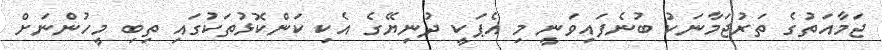
ޖަމާއަތުގެ ތަރުޖަމާނަކު ބުނެފައިވަނީ މި އެޕަކީ ދުނިޔޭގެ އެކި ކަންކޮޅުތަކުގައި ތިބި މީހުންނަށް